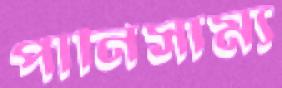
পানিসাম্য